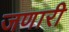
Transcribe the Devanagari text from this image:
जणारी